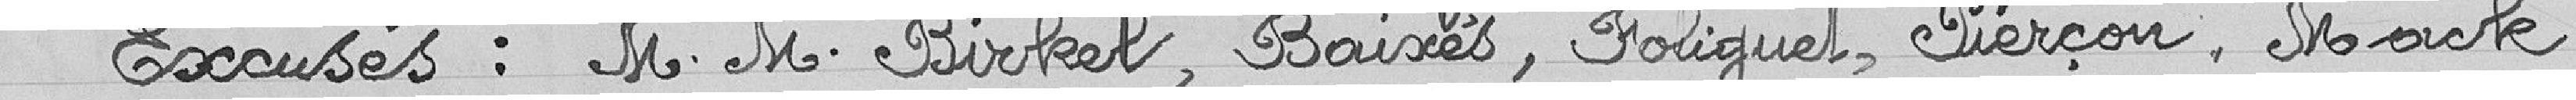
Excusés : M. M. Birkel, Baixes, Foliguet, Piercon, Mack,